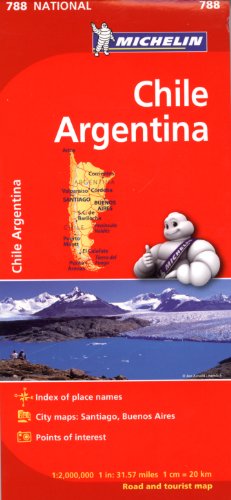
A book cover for Michelin Chile/Argentina Map 788 (Maps/Regional (Michelin)); Michelin; Travel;